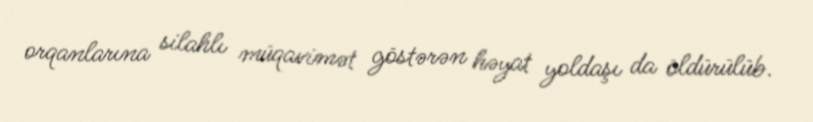
orqanlarına silahlı müqavimət göstərən həyat yoldaşı da öldürülüb.